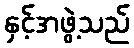
နှင့်အဖွဲ့သည်